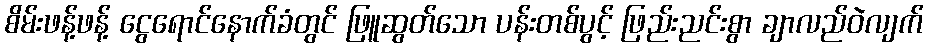
စိမ်းဖန့်ဖန့် ငွေရောင်နောက်ခံတွင် ဖြူဆွတ်သော ပန်းတစ်ပွင့် ဖြည်းညင်းစွာ ချာလည်ဝဲလျက်